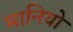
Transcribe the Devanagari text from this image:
मानियो